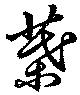
葉